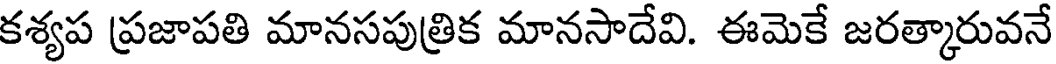
కశ్యప ప్రజాపతి మానసపుత్రిక మానసాదేవి. ఈమెకే జరత్కారువనే